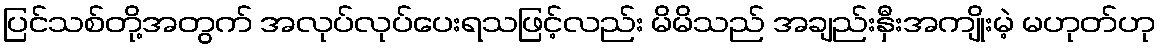
ပြင်သစ်တို့အတွက် အလုပ်လုပ်ပေးရသဖြင့်လည်း မိမိသည် အချည်းနှီးအကျိုးမဲ့ မဟုတ်ဟု